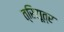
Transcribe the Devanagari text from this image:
त्रिसूत्र